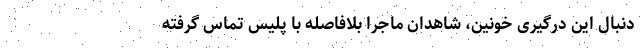
‌دنبال این درگیری خونین، شاهدان ماجرا بلافاصله با پلیس تماس گرفته